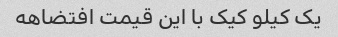
یک کیلو کیک با این قیمت افتضاهه